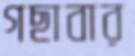
গছাবার